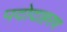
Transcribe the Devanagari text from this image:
पदोदाहरण